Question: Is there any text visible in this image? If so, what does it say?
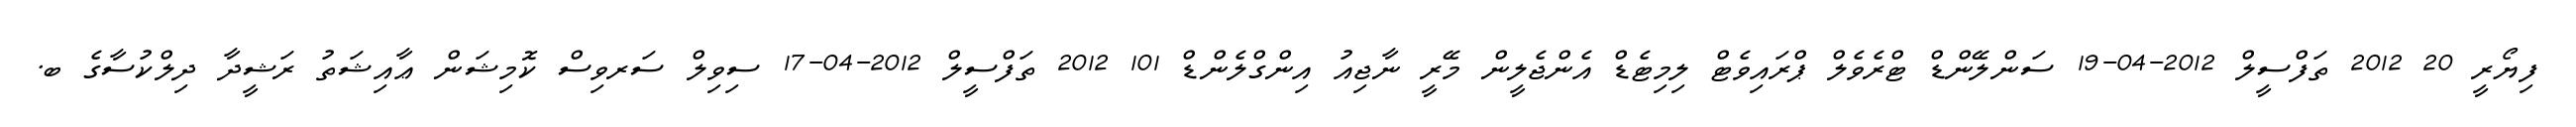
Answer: ފިޔޯރީ 20 2012 ތަފްސީލް 2012-04-19 ސަންލޭންޑް ޓްރެވެލް ޕްރައިވެޓް ލިމިޓެޑް އެންޖެލީން މޭރީ ނާޖިއު އިންގްލެންޑް 101 2012 ތަފްސީލް 2012-04-17 ސިވިލް ސަރވިސް ކޮމިޝަން ޢާއިޝަތު ރަޝީދާ ދިލްކުސާގެ ބ.